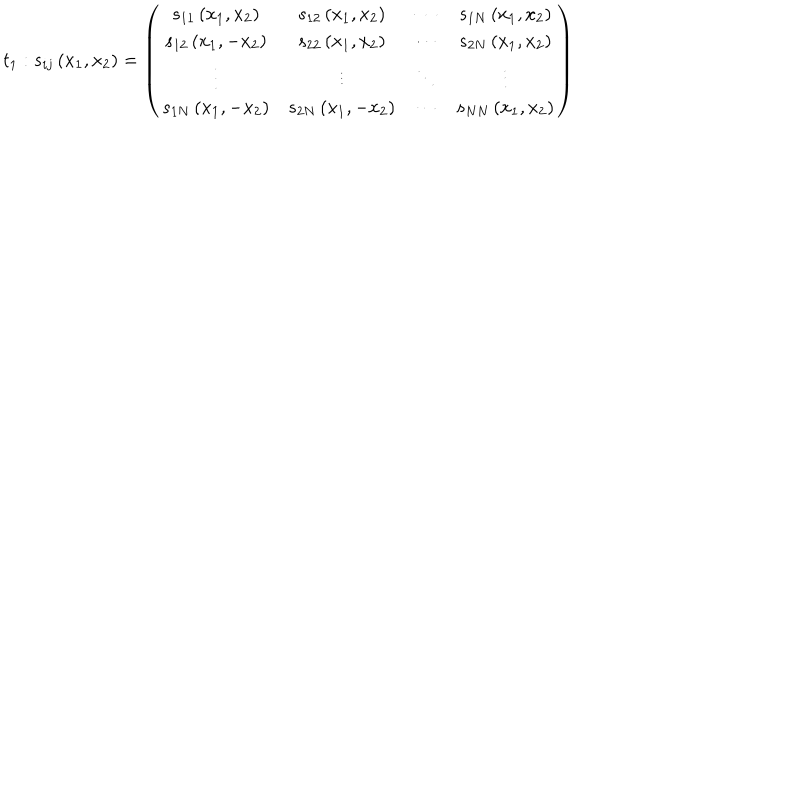
t _ { 1 } : s _ { i j } \left( x _ { 1 } , x _ { 2 } \right) = \left( \begin{array} { c c c c } { { s _ { 1 1 } \left( x _ { 1 } , x _ { 2 } \right) } } & { { s _ { 1 2 } \left( x _ { 1 } , x _ { 2 } \right) } } & { { \cdots } } & { { s _ { 1 N } \left( x _ { 1 } , x _ { 2 } \right) } } \\ { { s _ { 1 2 } \left( x _ { 1 } , - x _ { 2 } \right) } } & { { s _ { 2 2 } \left( x _ { 1 } , x _ { 2 } \right) } } & { { \cdots } } & { { s _ { 2 N } \left( x _ { 1 } , x _ { 2 } \right) } } \\ { { \vdots } } & { { \vdots } } & { { \ddots } } & { { \vdots } } \\ { { s _ { 1 N } \left( x _ { 1 } , - x _ { 2 } \right) } } & { { s _ { 2 N } \left( x _ { 1 } , - x _ { 2 } \right) } } & { { \cdots } } & { { s _ { N N } \left( x _ { 1 } , x _ { 2 } \right) } } \\ \end{array} \right)